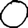
Digit: 0